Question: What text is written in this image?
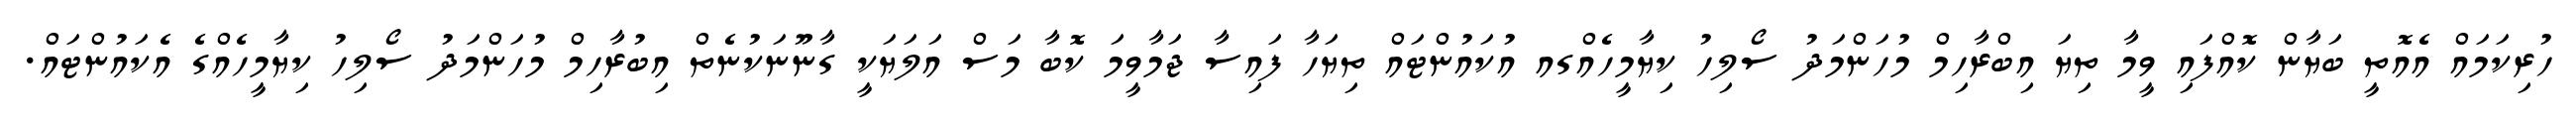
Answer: ހުރިކަމައް އެއޮތީ ބަޔާން ކޮއްފައި ވީމާ ތިޔަ އިބްރާހިމް މުހަންމަދު ސޯލިހު ކިޔާމީހެއްގއ އުކައުންޓައް ތިޔަހާ ފައިސާ ޖަމާވީމަ ކޮބާ މަސް އަލަޔަކީ ގާނޫނަކުނެތް އިބުރާހިމް މުހަންމަދު ސޯލިހު ކިޔާމީހެއްގެ އެކައުންޓައް.